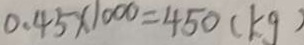
0 . 4 5 \times 1 0 0 0 = 4 5 0 ( k g )